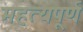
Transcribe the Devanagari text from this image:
महत्यपूर्ण